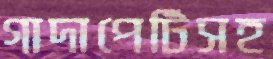
গাদাপেটিসহ